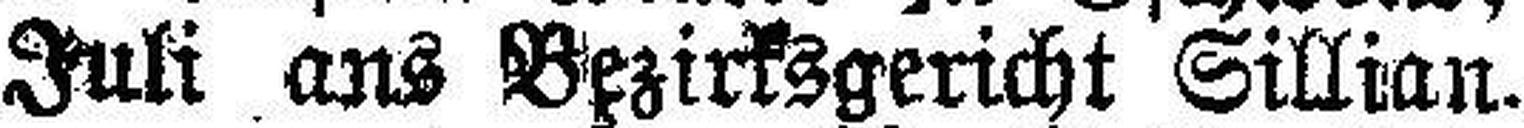
sprüche bis 11. Juli ans Bezirksgericht Sillian.